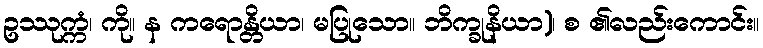
ဥဿုက္ကံ၊ ကို။ န ကရောန္တိယာ၊ မပြုသော။ ဘိက္ခုနိယာ)၊ စ ၏လည်းကောင်း။